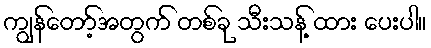
ကျွန်တော့်အတွက် တစ်ခု သီးသန့် ထား ပေးပါ။